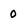
Character: 0